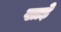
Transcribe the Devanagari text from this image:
खाड़े